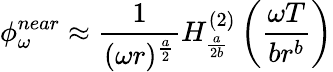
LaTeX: \phi_{\omega}^{near}\approx\frac{1}{(\omega r)^{\frac{a}{2}}}H_{\frac{a}{2b}}^{(2)}\left(\frac{\omega T}{br^{b}}\right)